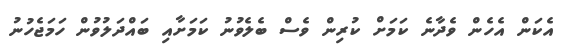
އެކަން އެހެން ވެދާނެ ކަމަށް ކުރިން ވެސް ބެލެވުނު ކަމަށާއި ބައްދަލުވުން ހަމަޖެހުނު